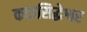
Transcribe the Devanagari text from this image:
कदासिद्धेश्वर